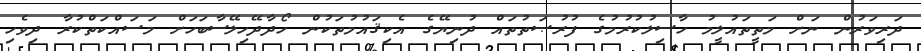
ދަރިވަރުން ނަށް މަތީތައުލީމު ހާސިލުކުރުމުގެ ފުރުޞަތުތައް ދުނިޔޭގެ އެކިޤައުމުތަކުން ހޯދާދޭހިލޭސާބަހަށް މަސައްކަތްކުރާ ދިވެހި